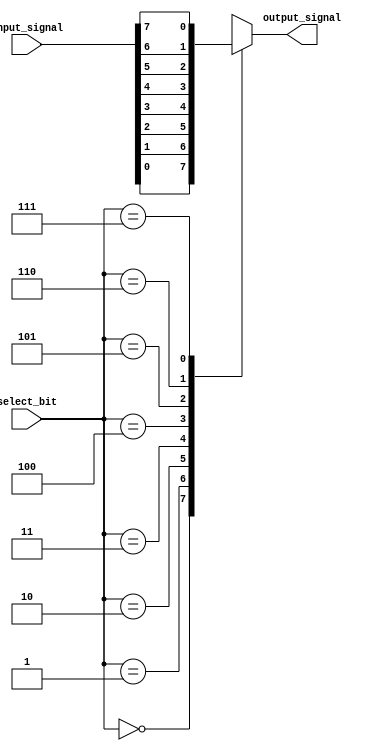
module bit_select(
    input [7:0] input_signal,
    input [2:0] select_bit,
    output reg output_signal
);

always @(*)
begin
    case(select_bit)
        3'd0: output_signal = input_signal[0];
        3'd1: output_signal = input_signal[1];
        3'd2: output_signal = input_signal[2];
        3'd3: output_signal = input_signal[3];
        3'd4: output_signal = input_signal[4];
        3'd5: output_signal = input_signal[5];
        3'd6: output_signal = input_signal[6];
        3'd7: output_signal = input_signal[7];
        default: output_signal = 1'b0; //default value in case of invalid bit selection
    endcase
end

endmodule